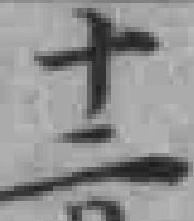
十二